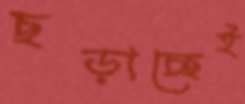
ছড়াচ্ছেই